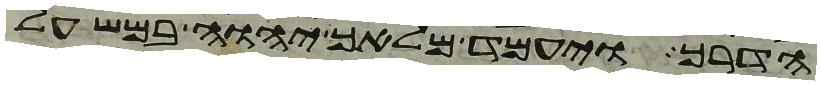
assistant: הדרך ויעמד מלאך יהוה במשעל